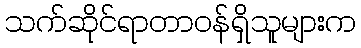
သက်ဆိုင်ရာတာဝန်ရှိသူများက